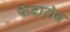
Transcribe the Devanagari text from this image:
फेदारोव